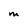
Character: M